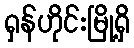
ရှန်ဟိုင်းမြို့ရှိ